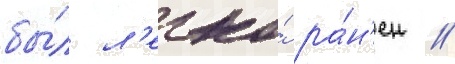
бы́л л'егко́ ра́н'ен //